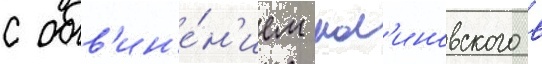
с обв'ин'е́н'ием мал'иновского в